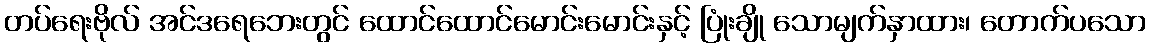
တပ်ရေးဗိုလ် အင်ဒရေဘေးတွင် ထောင်ထောင်မောင်းမောင်းနှင့် ပြုံးချို သောမျက်နှာထား၊ တောက်ပသော